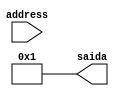
module decSeq00 (
    address,  
    saida
);
	input [3:0]address;
	output reg [3:0]saida;
    always @(address) begin
        saida = 4'b0001; 
    end

endmodule